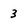
Character: 3